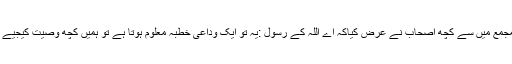
مجمع میں سے کچھ اصحاب نے عرض کیاکہ اے اللہ کے رسول :یہ تو ایک وداعی خطبہ معلوم ہوتا ہے تو ہمیں کچھ وصیت کیجیے ۔